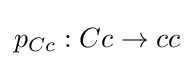
p_{Cc}:Cc\rightarrow cc